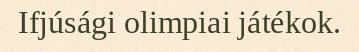
Ifjúsági olimpiai játékok.